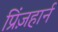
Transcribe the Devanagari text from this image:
प्रिंज़हार्न